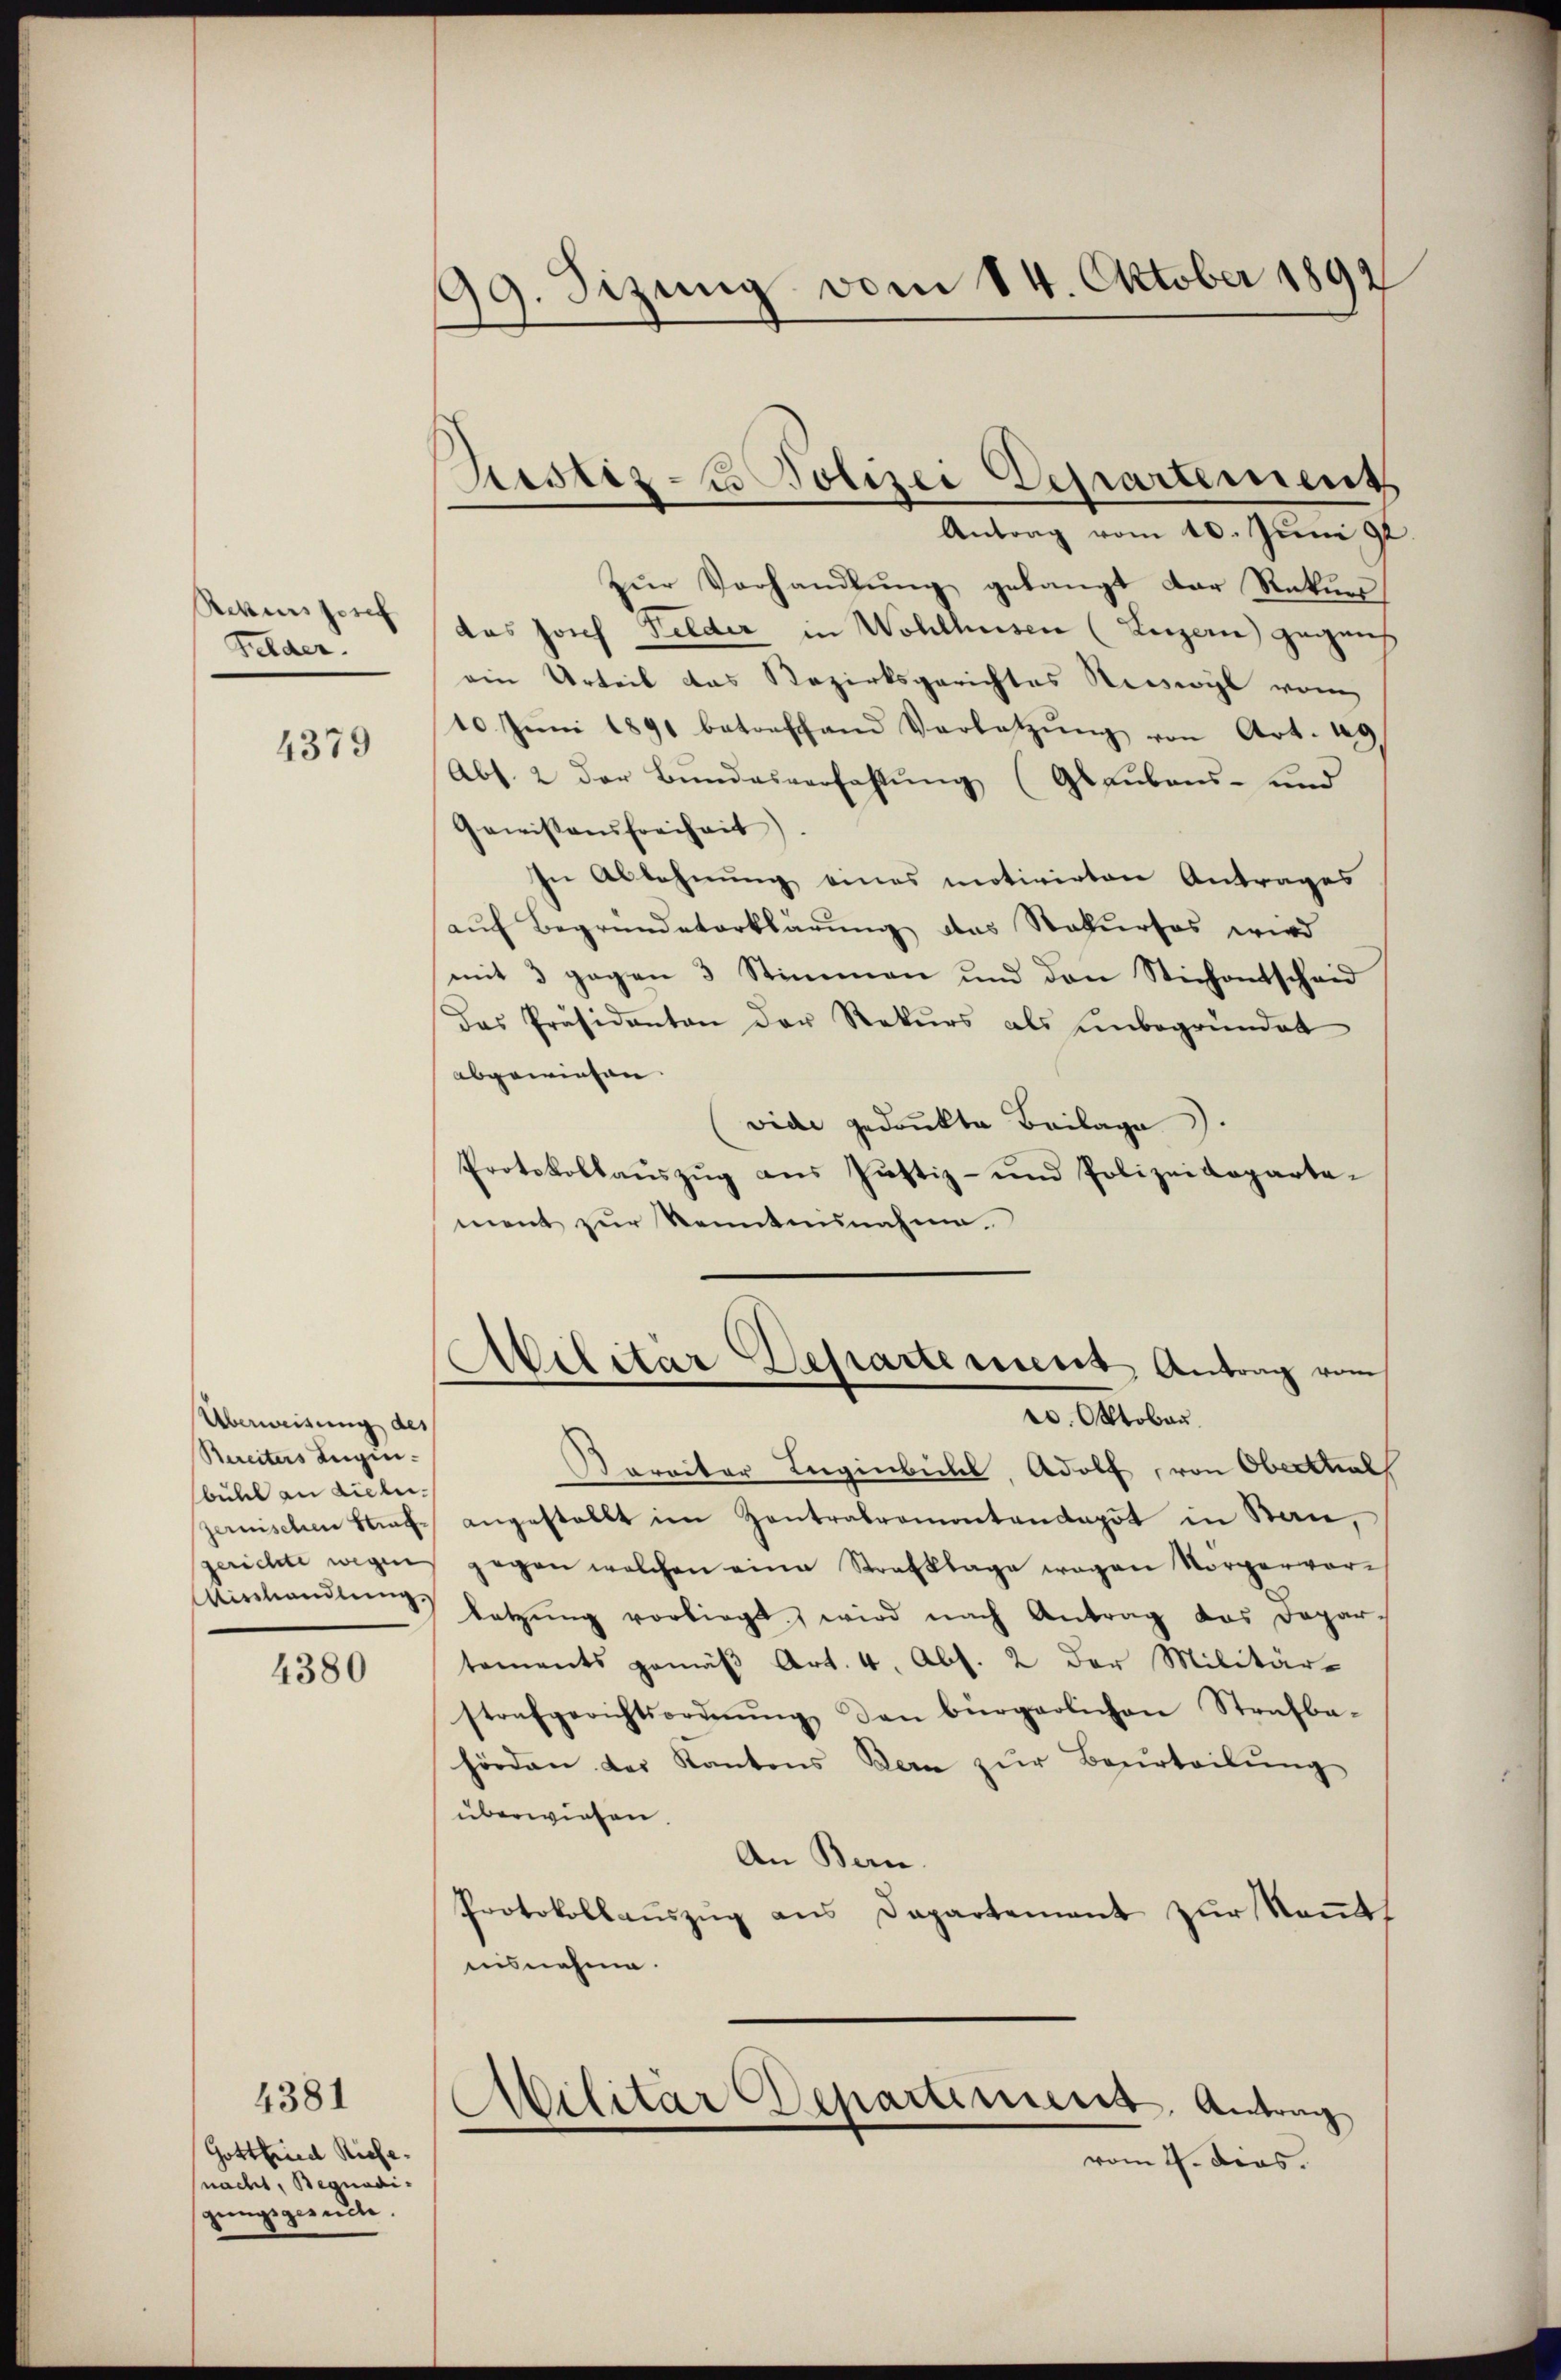
Rekurs Josef
Felder.

4379

Überweisung des
Bereiters Legin-
bull an Liebezerischen Strafgerichte wegen
Wirhandlung.

4380

4381

Gottfried Riche
nacht, Begnadigungsgeselte.

99. Sizung vom 14. October 1892

Sistiz- u Polizei Departements

Antrag vom 10. Juni 92
zŭr Verhandlŭng gelangt der Rekurs
das Josef Felder in Wohlhusen (Luzern gegens
ein Urteil das Bezirksgerichtes Reiswyl vom
10. Jŭni 1891 betreffend Verletzŭng von Art. 49
Abs. 2 der Bundesverfassung (Glaubens- und
Gewissensfreiheit)
In Ablehnung eines motivirten Antrages
auf Begründeterklärung das Rekurses wird
mit 3 gegen 3 Stimmen und den Stichentscheid
das Präsidanten der Rekŭrs als ŭnbegründet
abgewiesen.
vide gedankte Beilage).
Protokollaŭszŭg ans Justiz- und Polizeideparta-
ment zur Kenntnisnahme.
Atilitar Departement Antrag vom
1. Oktobau.
ereiter Jugenbichl, Adolf, von Oberttial
angestellt im Zentralremontendepot in Stan,
gegen welchen eine Strafklage wegen Vorgervorletzŭng vorliegt, wird nach Antrag das Depar-
tements gemäß Art. 4. Abs. 2 der Militär-
strafgerichtsordnŭng, den bürgerlichen Strafba-
hörden der Kantons Bern zŭr Beurteilung
überwiesen.
An Bern.
Protokollauszug aus Departement zur Kenntuisnehme.
.
Militar Departemens. Antrag
vom 4. dies.